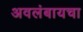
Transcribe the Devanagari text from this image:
अवलंबायचा